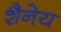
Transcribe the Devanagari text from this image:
शैनेय